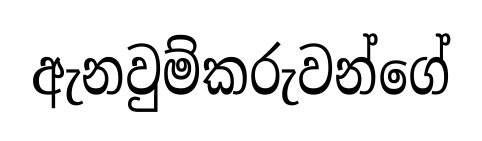
ඇනවුම්කරුවන්ගේ